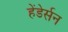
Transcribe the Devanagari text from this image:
हेंडेर्सन